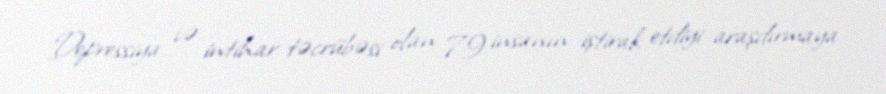
Depressiya və intihar təcrübəsi olan 79 insanın iştirak etdiyi araşdırmaya